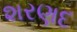
શરણદ